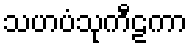
သဟပံသုကီဠကာ